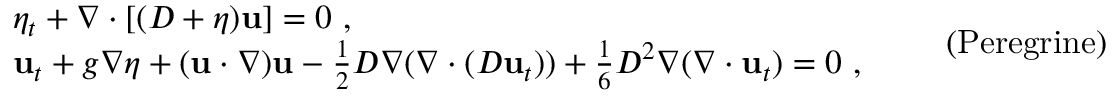
\begin{array} { r l } & { \eta _ { t } + \nabla \cdot [ ( D + \eta ) \mathbf { u } ] = 0 \ , } \\ & { { \bf u } _ { t } + g \nabla \eta + ( \mathbf { u } \cdot \nabla ) \mathbf { u } - \frac { 1 } { 2 } D \nabla ( \nabla \cdot ( D \mathbf { u } _ { t } ) ) + \frac { 1 } { 6 } D ^ { 2 } \nabla ( \nabla \cdot \mathbf { u } _ { t } ) = 0 \ , } \end{array} \qquad \mathrm { ( P e r e g r i n e ) }